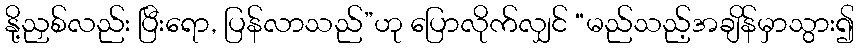
နို့ညှစ်လည်း ပြီးရော, ပြန်လာသည်”ဟု ပြောလိုက်လျှင် “မည်သည့်အချိန်မှာသွား၍